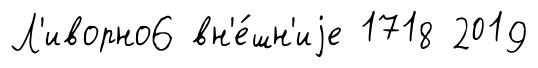
Л'иворно6 вн'е́шн'иjе 1718 2019